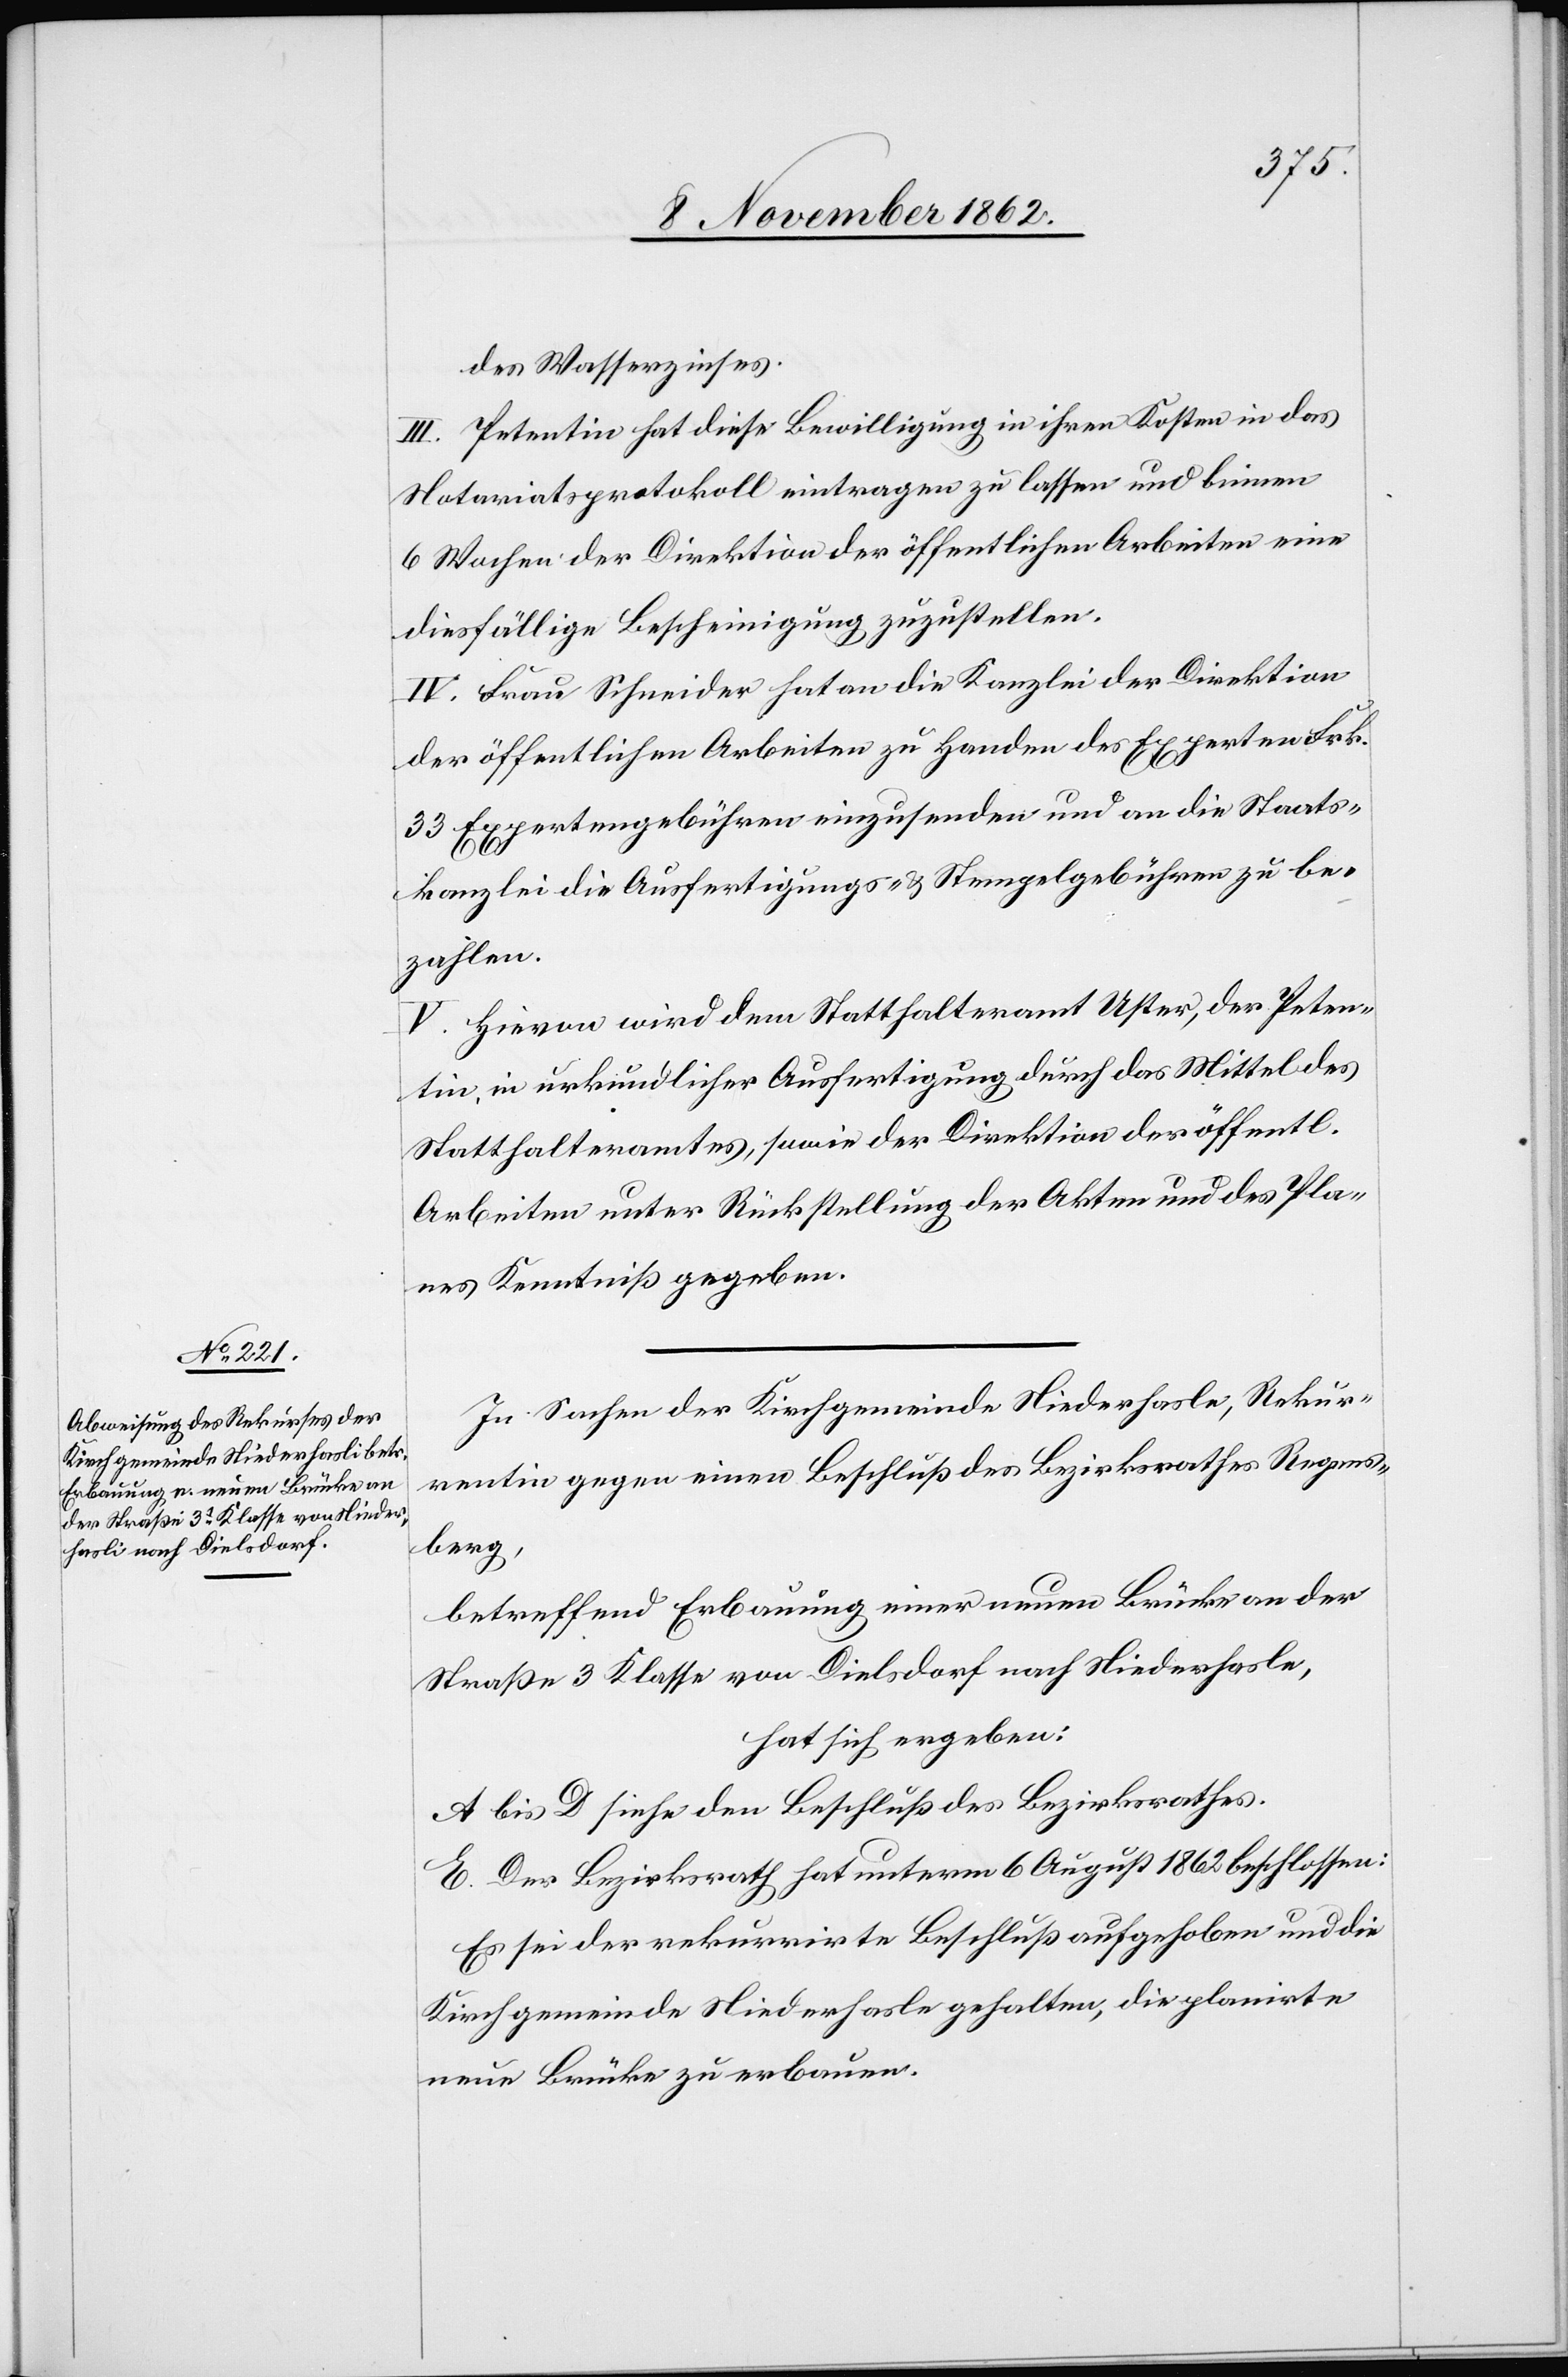
des Wasserzinses.
III. Penteint hat diese Bewilligung in ihren Kosten in das
Notariatsprotokoll eintragen zu lassen und binnen
6 Wochen der Direktion der öffentlichen Arbeiten eine
diesfällige Bescheinigung zuzustellen.
IV. Frau Schneider hat an die Kanzlei der Direktion
der öffentliche Arbeiten zu Handen des Experten Frk.
33 Expertengebühren einzusenden und an die Staats¬
kanzlei die Ausfertigungs- u. Stempelgebühren zu be¬
zahlen.
V. Hievon wird dem Statthalteramt Uster, der Peten¬
tin, in urkundlicher Ausfertigung durch das Mittel des
Statthalteramtes, sowie der Direktion der öffentl.
Arbeiten unter Rückstellung der Akten und des Pla¬
nes Kenntniß gegeben.
In Sachen der Kirchgemeinde Niederhasle [sic!], Rekur¬
rentin gegen einen Beschluß des Bezirksrathes Regens¬
berg,
betreffend Erbauung einer neuen Brücke an der
Straße 3. Klasse von Dielsdorf nach Niederhasle,
hat sch ergeben:
A bis D siehe den Beschluß des Bezirksrathes.
E. Der Bezirksrath hat unterm 6. August beschlossen:
Es sei der rekurrirte Beschluß aufgehoben und die
Kirchgemeinde Niederhasle gehalten, die planirte
neue Brücke zu erbauen.